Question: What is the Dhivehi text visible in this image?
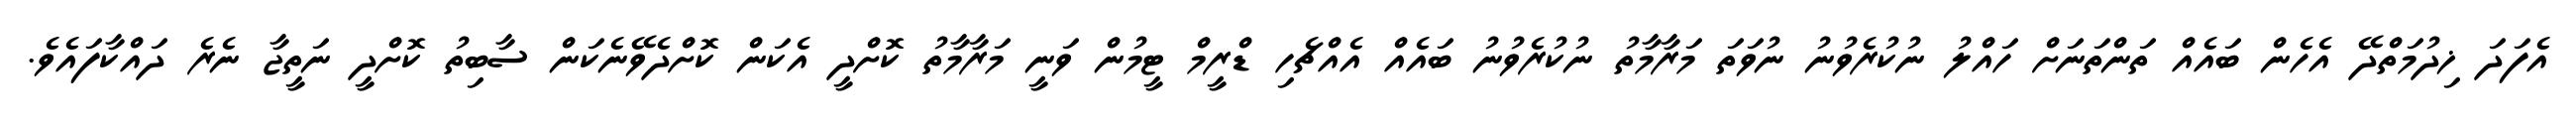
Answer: އެފަދަ ޚިދުމަތްދޭ އެހެން ބައެއް ތަންތަނަށް ހައްލު ނުކުރެވުނު ނުވަތަ މަރާމާތު ނުކުރެވުނު ބައެއް އެއްޗެހި ޑްރީމް ޓީމުން ވަނީ މަރާމާތު ކޮށްދީ އެކަން ކޮށްދެވޭނެކަން ސާބިތު ކޮށްދީ ނަތީޖާ ނެރެ ދައްކާފައެވެ.